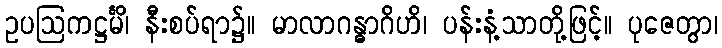
ဥပဩကဋ္ဌင်္မိ၊ နီးစပ်ရာ၌။ မာလာဂန္ဓာဂိဟိ၊ ပန်းနံ့သာတို့ဖြင့်။ ပုဇေတွာ၊